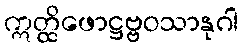
ဣတ္ထိဖောဋ္ဌဗ္ဗဝသာနုဂါ